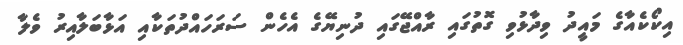
އިކޯކެއާގެ މައީދު ވިދާޅުވި ގޮތުގައި ރާއްޖޭގައި ދުނިޔޭގެ އެހެން ސަރަހައްދުތަކާއި އަޅާބަލާއިރު ވެލާ